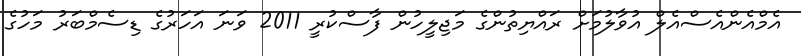
އެމްއެންއެސްއެލް އުވާލުމަށް ރައްޔިތުންގެ މަޖިލީހުން ފާސްކުރީ 2011 ވަނަ އަހަރުގެ ޑިސެމްބަރު މަހުގެ